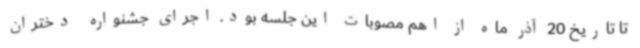
تا تاریخ 20 آذر ماه از اهم مصوبات این جلسه بود. اجرای جشنواره  دختران